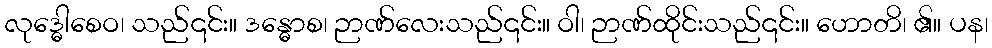
လုဒ္ဓေါစေဝ၊ သည်၎င်း။ ဒန္ဓောစ၊ ဉာဏ်လေးသည်၎င်း။ ဝါ၊ ဉာဏ်ထိုင်းသည်၎င်း။ ဟောတိ၊ ၏။ ပန၊